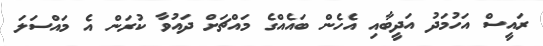
ރައީސް އަހުމަދު އަދީބާއި އެހެން ބައެއްގެ މައްޗަށް ދައުވާ ކުރަން އެ މައްސަލަ